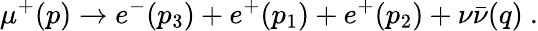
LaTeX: \mu^{+}(p)\rightarrow e^{-}(p_{3})+e^{+}(p_{1})+e^{+}(p_{2})+\nu\bar{\nu}(q)\ .